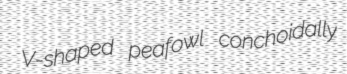
V-shaped peafowl conchoidally